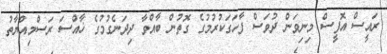
ރައީސް އޮފީސް މިނިވަން ދުވަސް ފާހަގަކުރުމުގެ ގޮތުން ބާއްވާ ދިދަނެގުމުގެ ޚާއްސަ ރަސްމިއްޔާތު